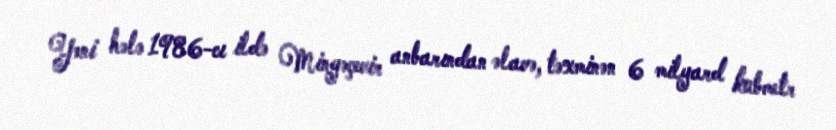
Yəni hələ 1986-cı ildə Mingəçevir anbarından əlavə, təxminən 6 milyard kubmetr